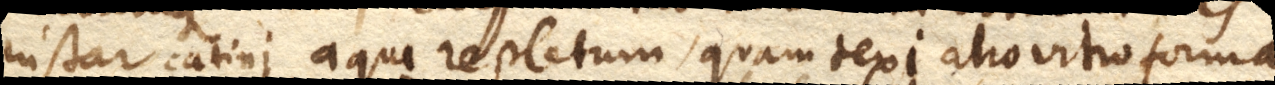
instar catini, aqua repletum, quam texi alio vitro forma